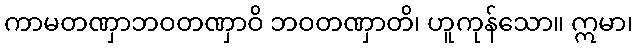
ကာမတဏှာဘဝတဏှာဝိ ဘဝတဏှာတိ၊ ဟူကုန်သော။ ဣမာ၊